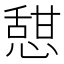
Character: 憇